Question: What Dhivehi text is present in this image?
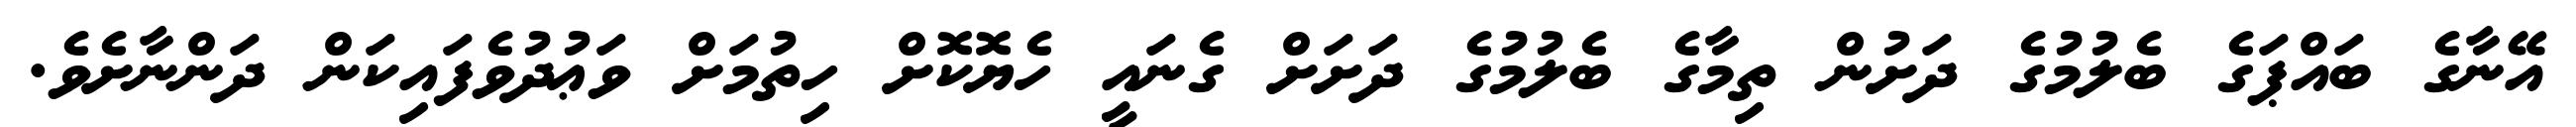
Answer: އޭނާގެ ބައްޕަގެ ބެލުމުގެ ދަށުން ތިމާގެ ބެލުމުގެ ދަށަށް ގެނައީ ހެޔޮކޮށް ހިތުމަށް ވަޢުދުވެފައިކަން ދަންނާށެވެ.